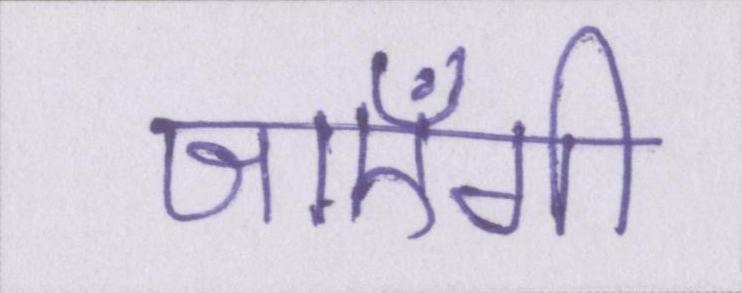
जाएँगी